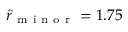
\hat { r } _ { \mathrm { ~ m ~ i ~ n ~ o ~ r ~ } } = 1 . 7 5